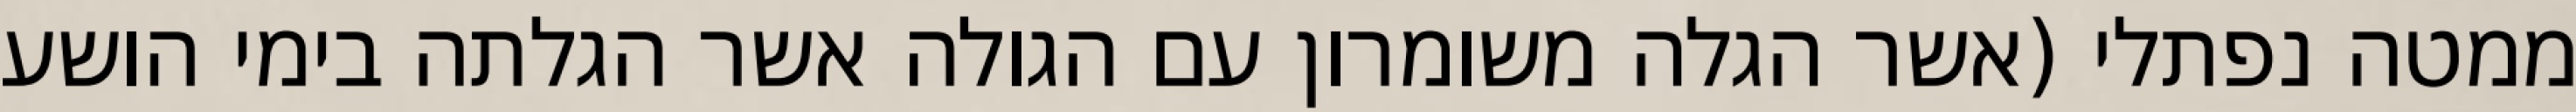
ממטה נפתלי (אשר הגלה משומרון עם הגולה אשר הגלתה בימי הושע